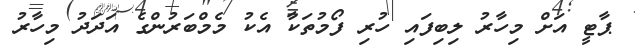
ޕާޓީ އަށް މިހާރު ލިބިފައި ހުރި ފޯމުތަކާ އެކު މެމްބަރުންގެ އަދަދު މިހާރު